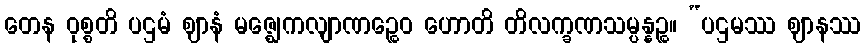
တေန ဝုစ္စတိ ပဌမံ ဈာနံ မဇ္ဈေကလျာဏဉ္စေဝ ဟောတိ တိလက္ခဏသမ္ပန္နဉ္စ။ “ပဌမဿ ဈာနဿ